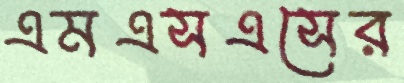
এমএসএসের